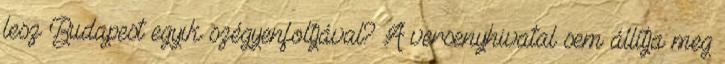
lesz Budapest egyik szégyenfoltjával? A versenyhivatal sem állítja meg